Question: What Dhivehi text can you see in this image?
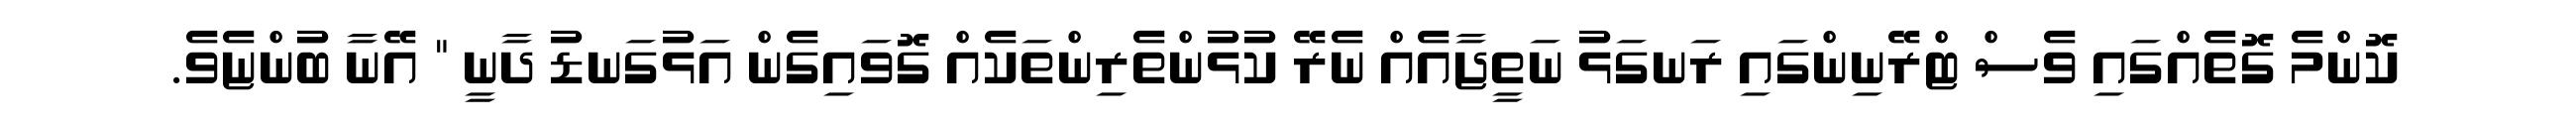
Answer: ކޮންމެ ގޮތެއްގައި ވެސް ޓްރޭނިންގައި ރަނގަޅު ނަތީޖާއެއް ނެރޭ ކުޅުންތެރިންތަކެއް ގޮވައިގެން އަޅުގަނޑު ދާނީ " އޭނާ ބުންޏެވެ.